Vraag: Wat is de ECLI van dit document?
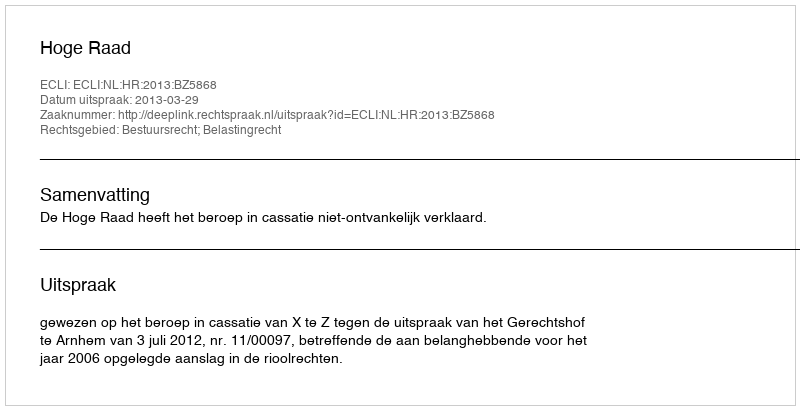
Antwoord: ECLI:NL:HR:2013:BZ5868